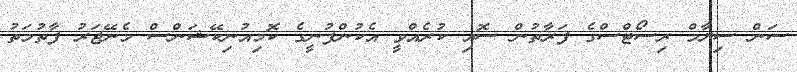
ސަން ސިޔާމް ރިސޯޓްސްގެ ފަރާތުން ސޮއި ކުރެއްވީ އެކުންފުނީގެ ކޮމިއުނިކޭޝަންސް މެނޭޖަރު ފާތުމަތު